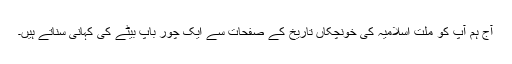
آج ہم آپ کو ملت اسلامیہ کی خونچکاں تاریخ کے صفحات سے ایک چور باپ بیٹے کی کہانی سناتے ہیں۔